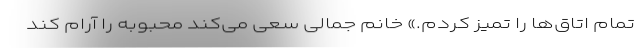
تمام اتاق‌ها را تمیز کردم.» خانم جمالی سعی می‌کند محبوبه را آرام کند